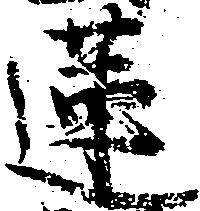
蓮